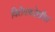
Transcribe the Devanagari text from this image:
विरोधकदेखील